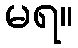
မရ။